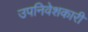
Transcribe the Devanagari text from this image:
उपनिवेशकारी